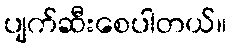
ပျက်ဆီးစေပါတယ်။